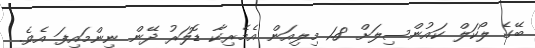
ބޭގެ ލޯކަލް ކައުންސިލަށް 1.8 މިލިއަން އެމެރިކާ ޑޮލަރު ދޭން ނިންމައިފަ އެވެ.